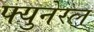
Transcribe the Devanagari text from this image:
फ्युनेरल